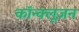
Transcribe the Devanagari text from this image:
कॉन्क्लूज़न